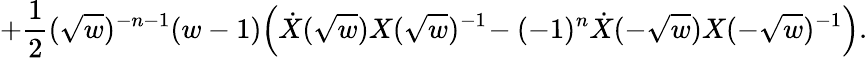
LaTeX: +{\frac{1}{2}}(\sqrt{w})^{-n-1}(w-1)\Big(\dot{X}(\sqrt{w})X(\sqrt{w})^{-1}\! -(-1)^{n}\dot{X}(-\sqrt{w})X(-\sqrt{w})^{-1}\Big).